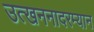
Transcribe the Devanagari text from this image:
उत्खननादरम्यान